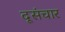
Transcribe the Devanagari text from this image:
दूसंचार